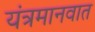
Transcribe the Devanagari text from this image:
यंत्रमानवात